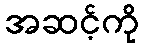
အဆင့်ကို